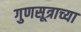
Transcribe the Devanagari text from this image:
गुणसूत्राच्या